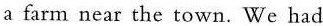
a farm near the town. We had